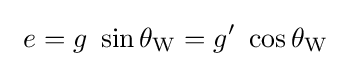
~e=g\ \sin \theta _{\mathrm {W} }=g'\ \cos \theta _{\mathrm {W} }~